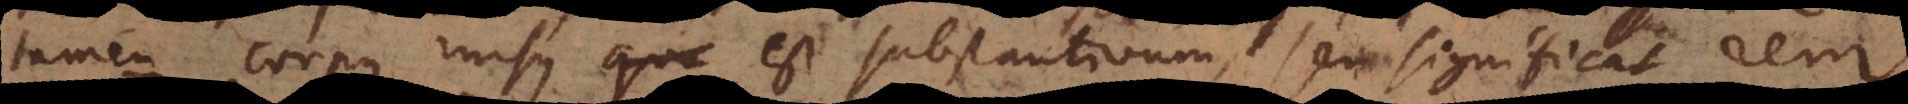
tamen corpus rursus est substantivum, seu significat rem